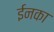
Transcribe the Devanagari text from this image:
ईनका